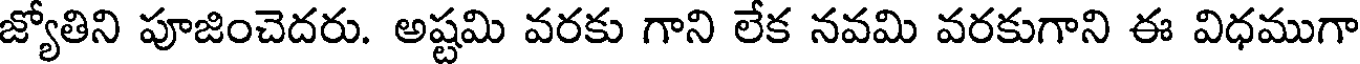
జ్యోతిని పూజించెదరు. అష్టమి వరకు గాని లేక నవమి వరకుగాని ఈ విధముగా